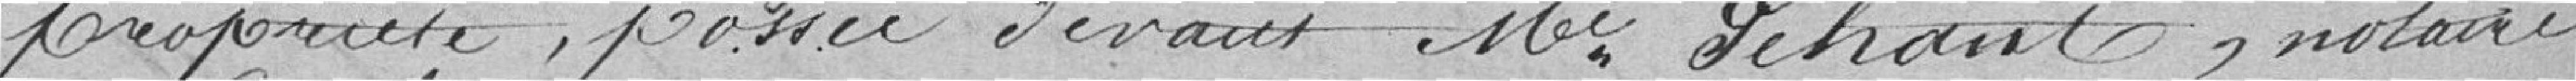
propriété, passée devant monsieur Géhant, notaire